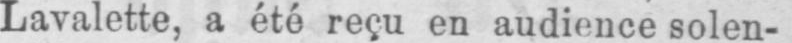
Lavalette, a été reçu en audience solen-